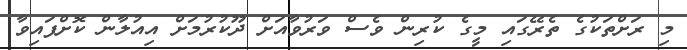
މި ރަށްތަކުގެ ތެރޭގައި މީގެ ކުރިން ވެސް ވަރުވާއަށް ދޫކުރުމަށް އިއުލާން ކޮށްފައިވާ